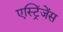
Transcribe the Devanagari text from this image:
एस्ट्रिंजेंस